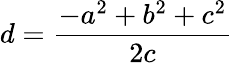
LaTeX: d={\frac{-a^{2}+b^{2}+c^{2}}{2c}}